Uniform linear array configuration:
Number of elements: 24
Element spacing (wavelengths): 0.25
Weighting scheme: binomial
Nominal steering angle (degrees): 15
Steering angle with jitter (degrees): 15.794
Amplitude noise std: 0.05
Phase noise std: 0.05

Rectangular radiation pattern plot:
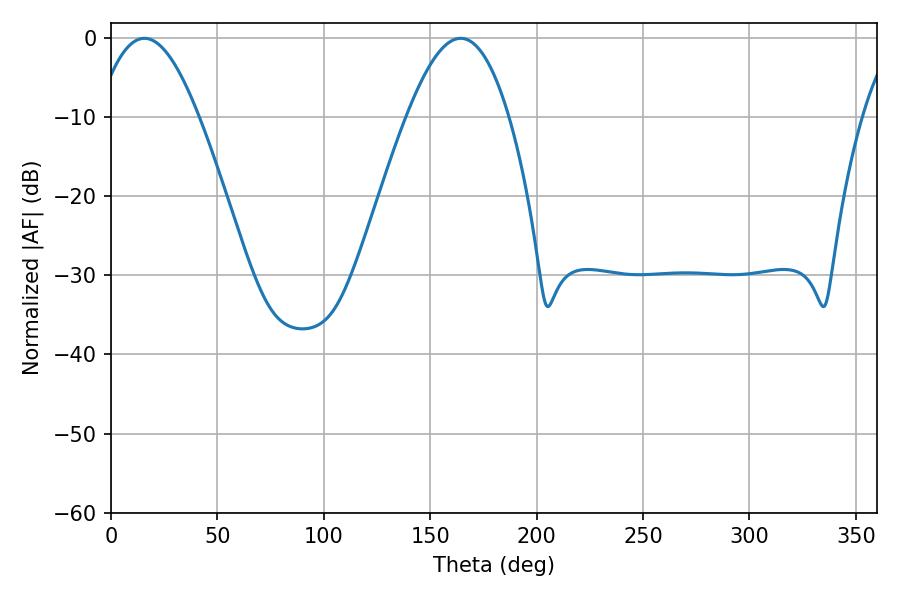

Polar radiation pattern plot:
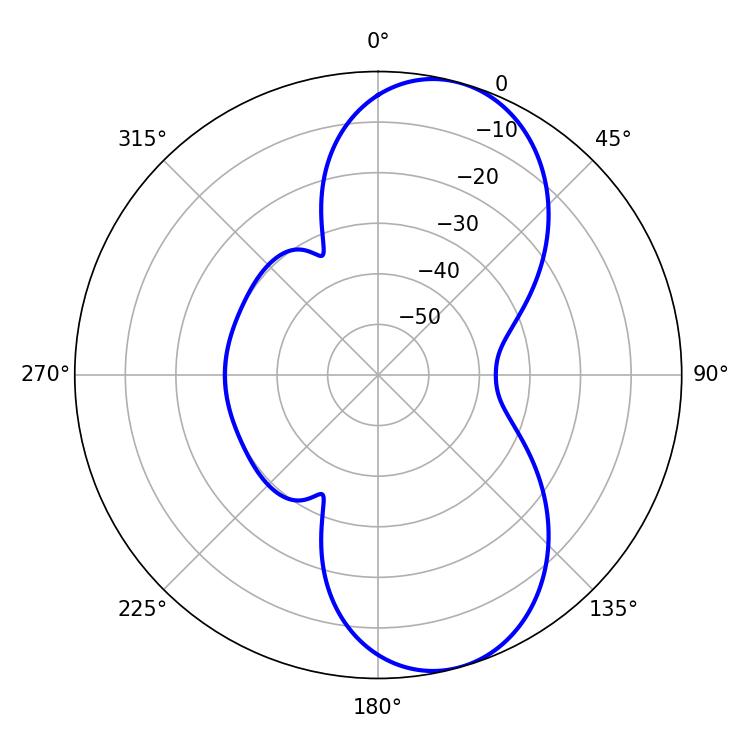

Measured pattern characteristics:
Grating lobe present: FALSE
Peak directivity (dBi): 8.601
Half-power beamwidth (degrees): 26.1
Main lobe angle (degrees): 15.66